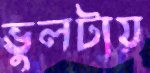
ভুলটায়